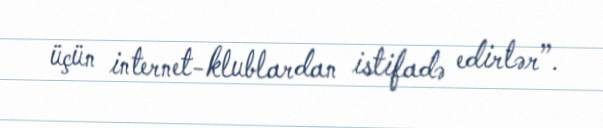
üçün internet-klublardan istifadə edirlər”.